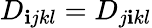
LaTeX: D_{\mathbf{i}jkl}=D_{j\mathbf{i}kl}